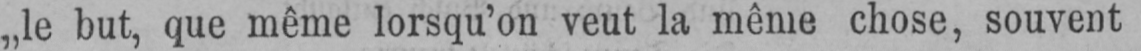
„le but, que même lorsqu’on veut la même chose, souvent